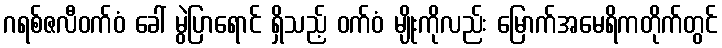
ဂရစ်ဇလီဝက်ဝံ ခေါ် မွဲပြာရောင် ရှိသည့် ဝက်ဝံ မျိုးကိုလည်း မြောက်အမေရိကတိုက်တွင်